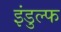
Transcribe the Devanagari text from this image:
इंडुल्फ